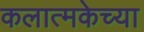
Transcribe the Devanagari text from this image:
कलात्मकेच्या